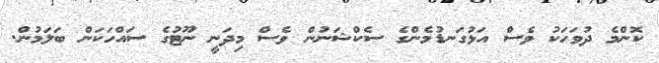
ކޮންމެ ދުވަހަކު ވެސް އަޅުގަނޑުމެންގެ ސެކްޝަނުން ވެސް މިދަނީ ނޫޓުގެ ސައްހަކަން ބަލަމުން.